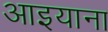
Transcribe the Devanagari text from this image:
आइयाना